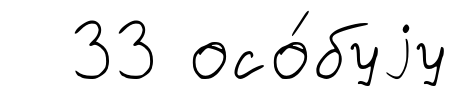
33 осо́буjу